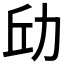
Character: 𪟘